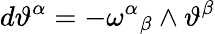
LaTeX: d\vartheta^{\alpha}=-\omega^{\alpha}{}_{\beta}\wedge\vartheta^{\beta}